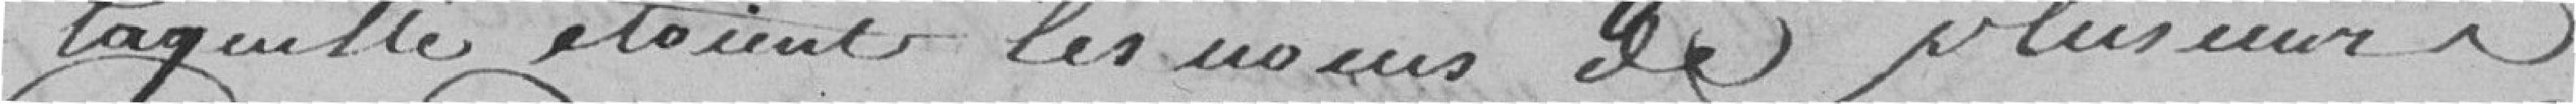
laquelle étaient les noms de plusieurs